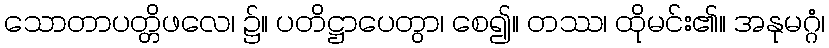
သောတာပတ္တိဖလေ၊ ၌။ ပတိဋ္ဌာပေတွာ၊ စေ၍။ တဿ၊ ထိုမင်း၏။ အနုမဂ္ဂံ၊